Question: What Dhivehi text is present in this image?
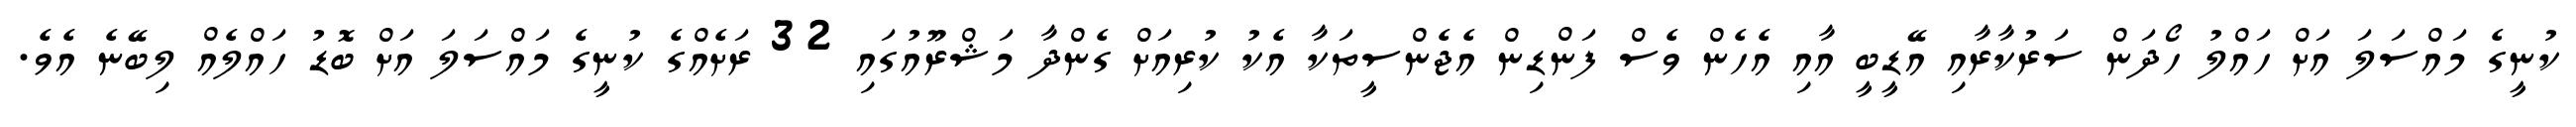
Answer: ކުނީގެ މައްސަލަ އަށް ހައްލު ހޯދަން ސަރުކާރާއި އޭޑީބީ އާއި އެހެން ވެސް ފަންޑިން އެޖެންސީތަކާ އެކު ކުރިއަށް ގެންދާ މަޝްރޫއުގައި 32 ރަށެއްގެ ކުނީގެ މައްސަލަ އަށް ބޮޑު ހައްލެއް ލިބޭނެ އެވެ.